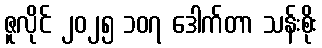
ဇူလိုင် ၂၀၂၅ ၁၀၇ ဒေါက်တာ သန်းစိုး